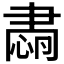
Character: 𦘡